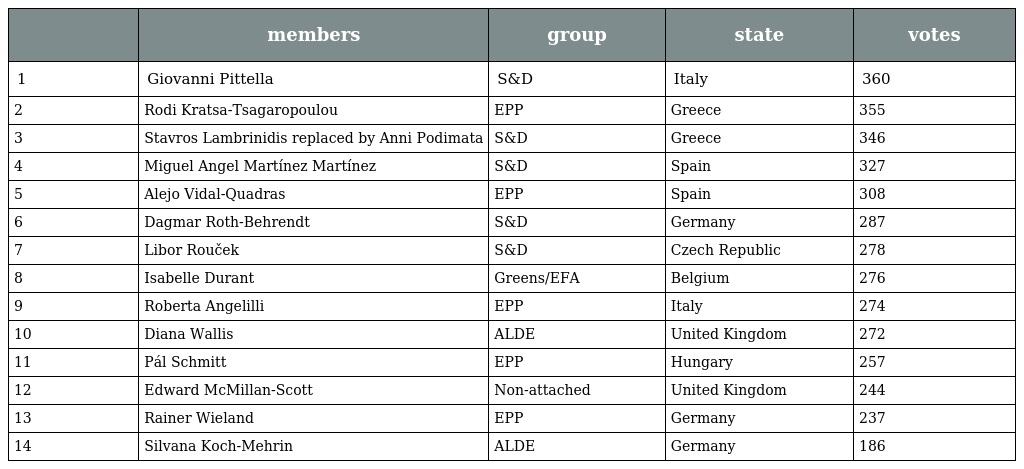
|  | members | group | state | votes |
 | --- | --- | --- | --- | --- |
 | 1 | Giovanni Pittella | S&D | Italy | 360 |
 | 2 | Rodi Kratsa-Tsagaropoulou | EPP | Greece | 355 |
 | 3 | Stavros Lambrinidis replaced by Anni Podimata | S&D | Greece | 346 |
 | 4 | Miguel Angel Martínez Martínez | S&D | Spain | 327 |
 | 5 | Alejo Vidal-Quadras | EPP | Spain | 308 |
 | 6 | Dagmar Roth-Behrendt | S&D | Germany | 287 |
 | 7 | Libor Rouček | S&D | Czech Republic | 278 |
 | 8 | Isabelle Durant | Greens/EFA | Belgium | 276 |
 | 9 | Roberta Angelilli | EPP | Italy | 274 |
 | 10 | Diana Wallis | ALDE | United Kingdom | 272 |
 | 11 | Pál Schmitt | EPP | Hungary | 257 |
 | 12 | Edward McMillan-Scott | Non-attached | United Kingdom | 244 |
 | 13 | Rainer Wieland | EPP | Germany | 237 |
 | 14 | Silvana Koch-Mehrin | ALDE | Germany | 186 |